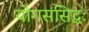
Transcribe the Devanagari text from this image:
योगसंसिद्धः